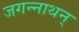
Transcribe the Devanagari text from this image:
जगन्नाथन्